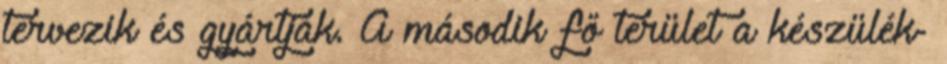
tervezik és gyártják. A második fő terület a készülék-